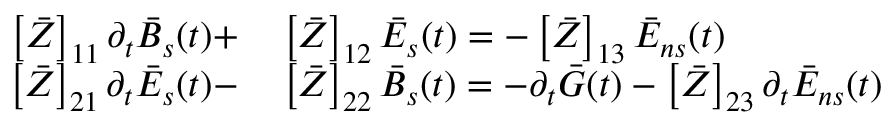
\begin{array} { r l } { \left[ \bar { Z } \right] _ { 1 1 } \partial _ { t } \bar { B } _ { s } ( t ) + } & { { } \left[ \bar { Z } \right] _ { 1 2 } \bar { E } _ { s } ( t ) = - \left[ \bar { Z } \right] _ { 1 3 } \bar { E } _ { n s } ( t ) } \\ { \left[ \bar { Z } \right] _ { 2 1 } \partial _ { t } \bar { E } _ { s } ( t ) - } & { { } \left[ \bar { Z } \right] _ { 2 2 } \bar { B } _ { s } ( t ) = - \partial _ { t } \bar { G } ( t ) - \left[ \bar { Z } \right] _ { 2 3 } \partial _ { t } \bar { E } _ { n s } ( t ) } \end{array}